Leaving Certificate Examination (including Day School Certificate (Higher) General paper), 1936
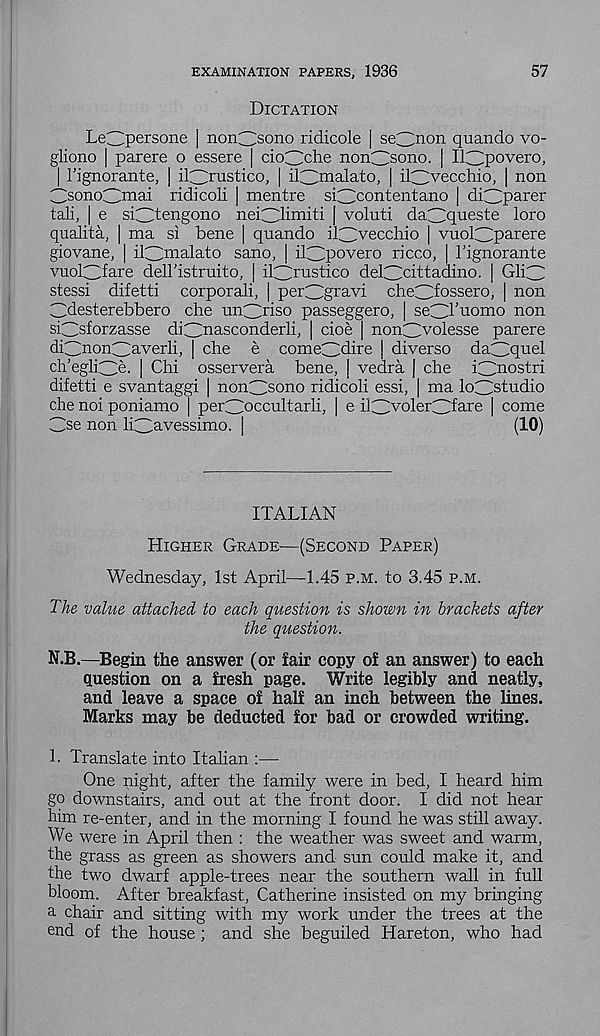
57
EXAMINATION PAPERS, 1936
Dictation
LeC^persone | norO sono ridicole | se3 non quando vo-
gliono | parere o essere | douche norOsono. | lOpovero,
| Pignorante, | iOrustico, | iOnaalato, | iOvecchio, | non
CsonoC^mai ridicoli | mentre si^contentano | di^parer
tali, | e sOtengono neiOi m iti | voluti da^queste loro
qualita, | ma si bene | quando iOvecchio | vuoOp ar ere
giovane, | iOmalato sano, | iOpovero ricco, | Pignorante
vuoOfare dell'istruito, | iO ru stico deOdttadino. | Gli3
stessi difetti corporali, | per^gravi cheOfossero, | non
Cdesterebbero che un^driso passeggero, | seO’uomo non
sOsforzasse di3nasconderli, | cioe | non^volesse parere
diCinon^averli, | che e comeCidire | diverse da^quel
ch’eglOG | Chi osservera bene, | vedra J che iOnostri
difetti e svantaggi | non^sono ridicoli essi, | ma loOstudio
che noi poniamo | peOoccultarli, | e iOvoleOfare | come
Cse non li^avessimo. |
(10)
ITALIAN
Higher Grade—(Second Paper)
Wednesday, 1st April—-1.45 p.m. to 3.45 p.m.
The value attached to each question is shown in brackets after
the question.
N.B.—Begin the answer (or fair copy of an answer) to each
question on a fresh page. Write legibly and neatly,
and leave a space of half an inch between the lines.
Marks may be deducted for bad or crowded writing.
1. Translate into Italian :—
One night, after the family were in bed, I heard him
go downstairs, and out at the front door. I did not hear
him re-enter, and in the morning I found he was still away.
We were in April then : the weather was sweet and warm,
the grass as green as showers and sun could make it, and
the two dwarf apple-trees near the southern wall in full
bloom. After breakfast, Catherine insisted on my bringing
a chair and sitting with my work under the trees at the
end of the house ; and she beguiled Hareton, who had